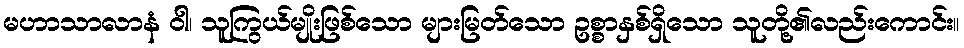
မဟာသာလာနံ ဝါ၊ သူကြွယ်မျိုးဖြစ်သော များမြတ်သော ဥစ္စာနှစ်ရှိသော သူတို့၏လည်းကောင်း။